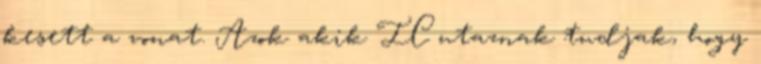
kesett a vonat. Azok akik IC utaznak tudjak, hogy